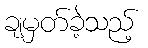
ချမှတ်ခဲ့သည့်